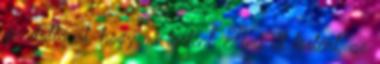
gondolta át, hogy mi történt. Ami itt történt, az